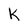
Character: K